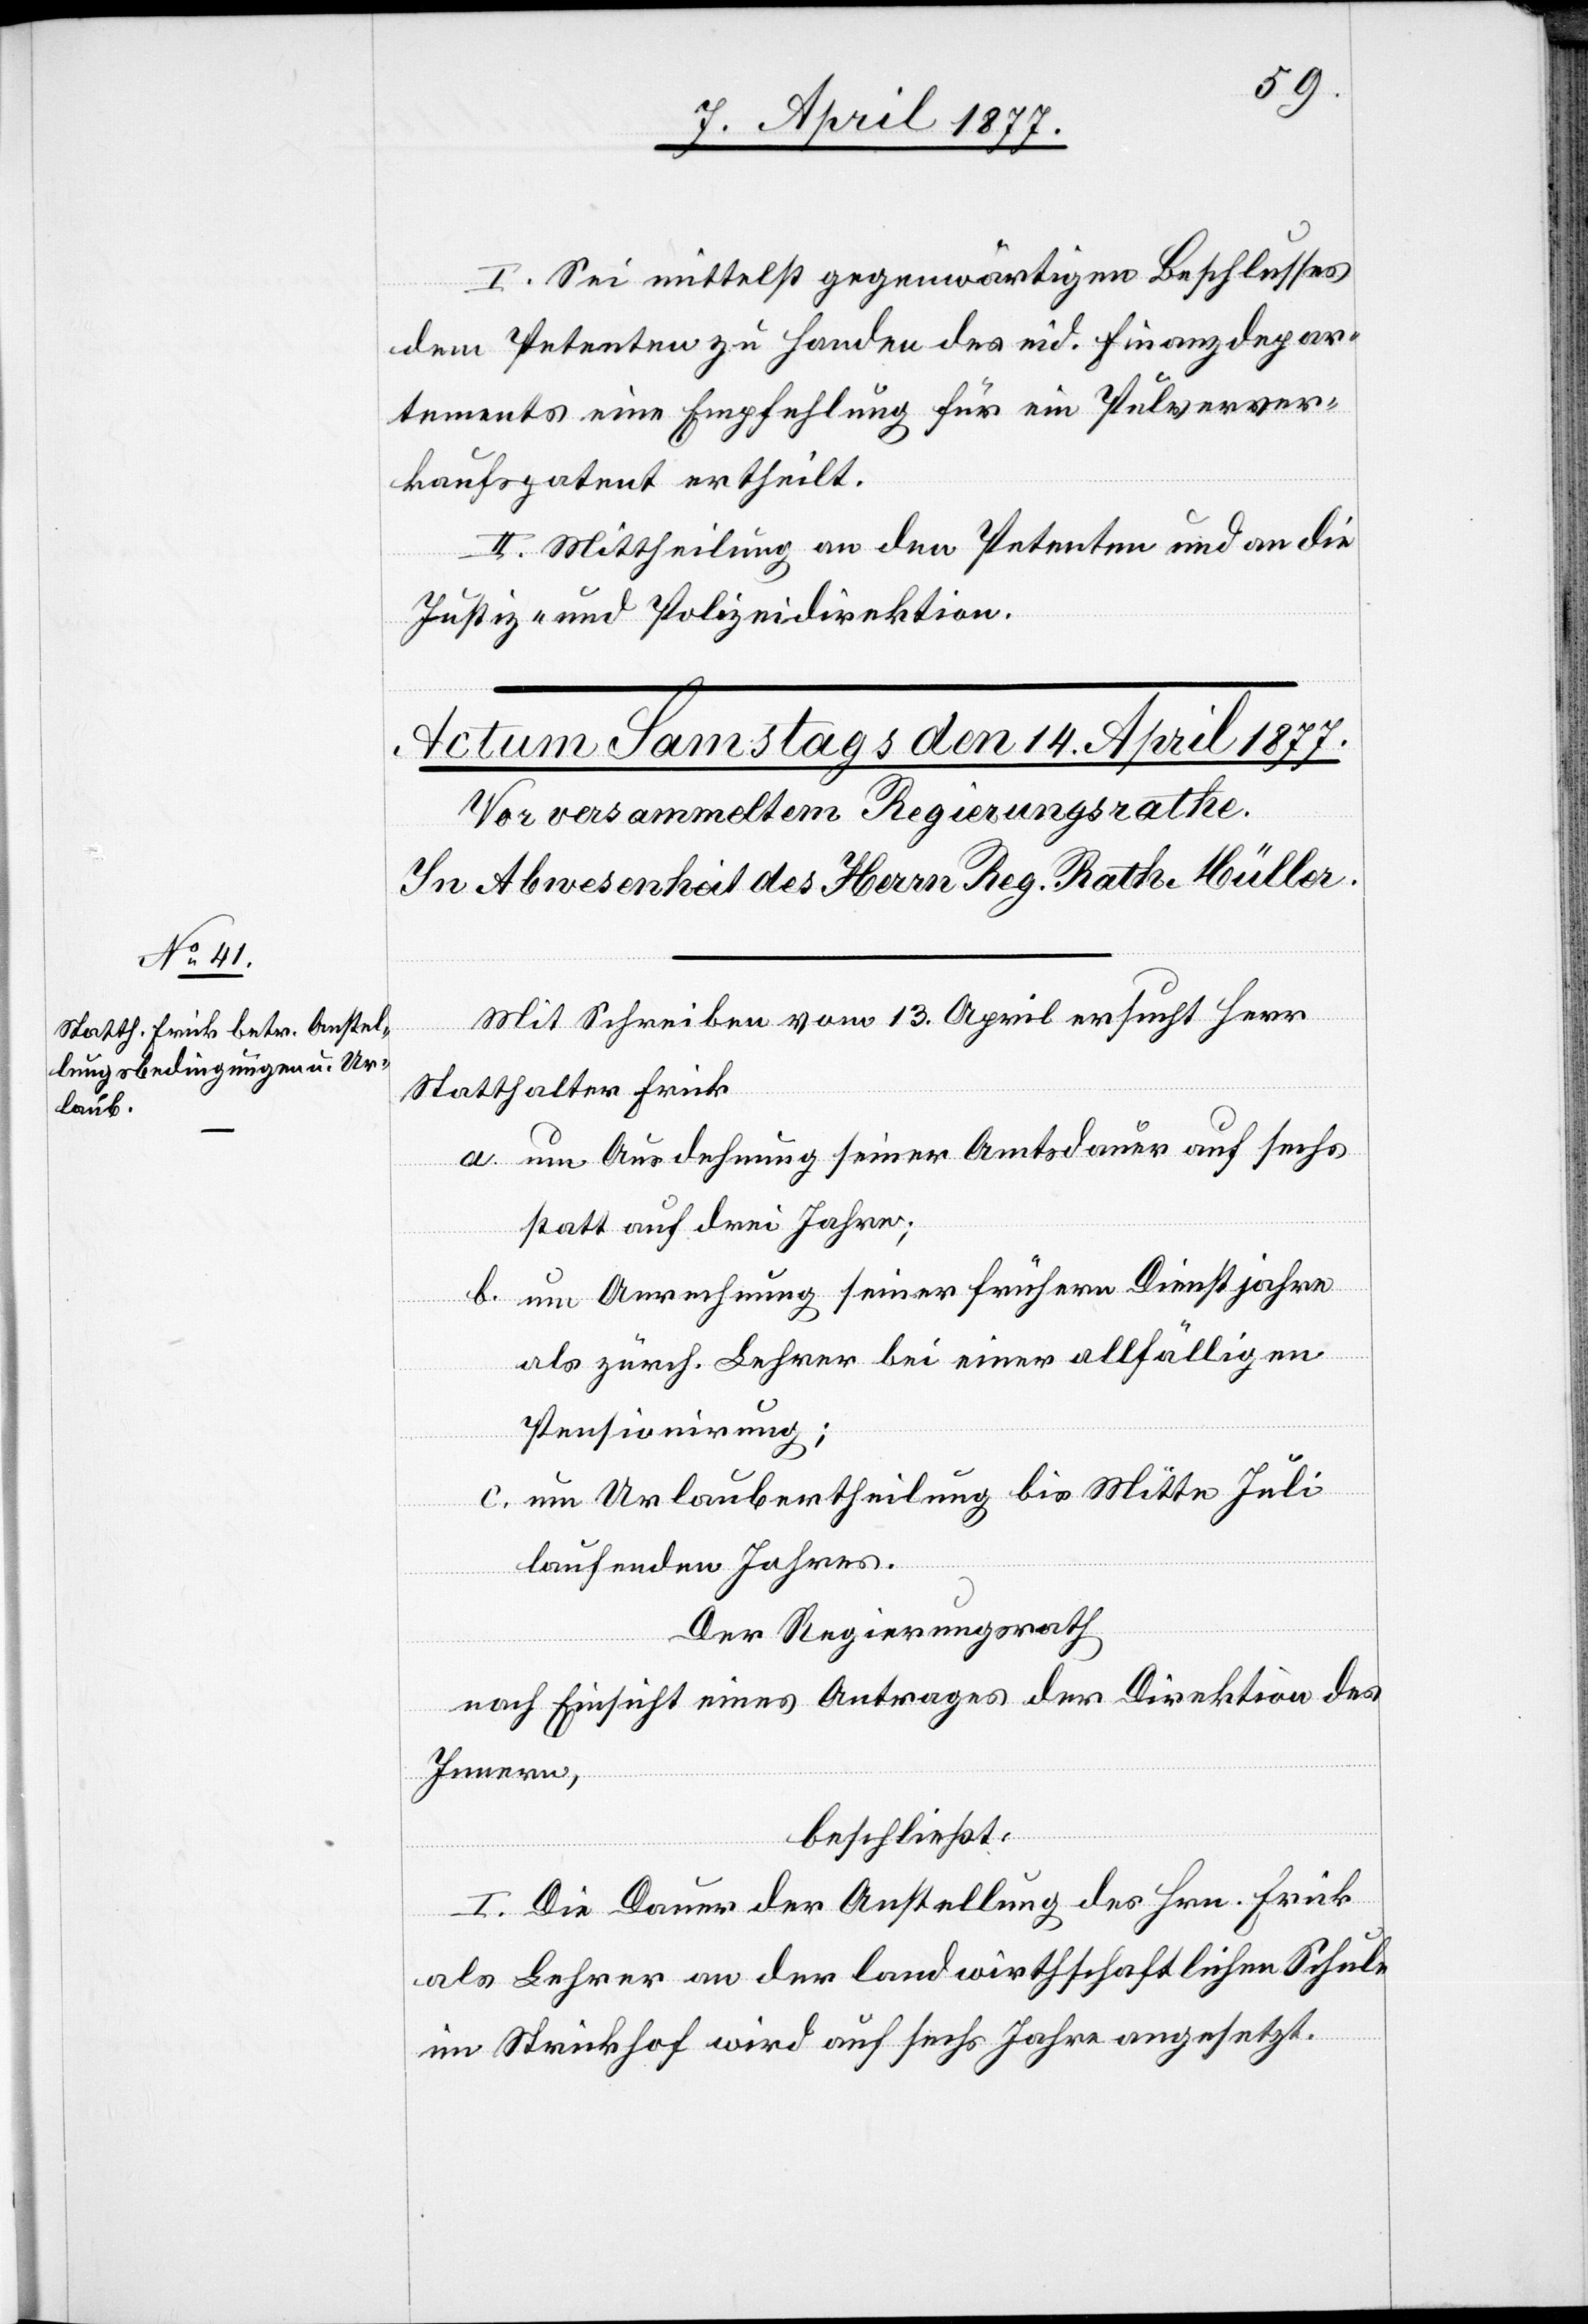
I. Sei mittelst gegenwärtigen Beschlusses
dem Petenten zu Handen des eid. Finanzdepar¬
tements eine Empfehlung für ein Pulverver¬
kaufspatent ertheilt.
II. Mittheilung an den Petenten und an die
Justiz- und Polizeidirektion.
Mit Schreiben vom 13. April ersucht Herr
Statthalter Frick
a. um Ausdehnung seiner Amtsdauer auf sechs
statt auf drei Jahre;
b. um Anrechnung seiner frühern Dienstjahre
als zürch. Lehrer bei einer allfälligen
Pensionirung;
c. um Urlaubertheilung bis Mitte Juli
laufenden Jahres.
Der Regierungsrath,
nach Einsicht eines Antrages der Direktion des
Innern,
beschließt:
I. Die Dauer der Anstellung des Hrn. Frick
als Lehrer an der landwirthschaftlichen Schule
im Strickhof wird auf sechs Jahre angesetzt.